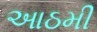
આઠમી